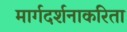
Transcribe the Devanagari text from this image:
मार्गदर्शनाकरिता